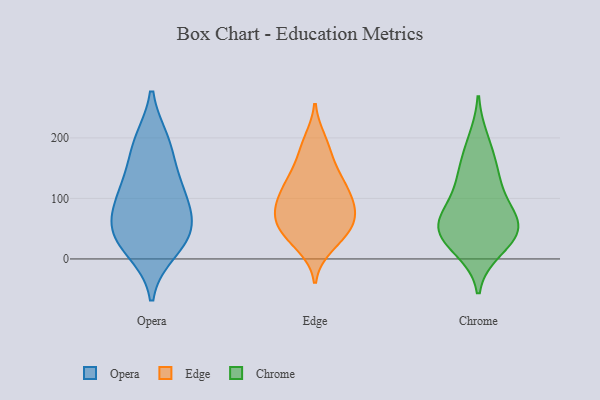
{"axis": {"x": "Humidity (%)", "y": "Value"}, "legend": ["Chrome", "Edge", "Opera"], "data": [{"x": "", "y": 55, "type": "Opera"}, {"x": "", "y": 127, "type": "Opera"}, {"x": "", "y": 193, "type": "Opera"}, {"x": "", "y": 37, "type": "Opera"}, {"x": "", "y": 187, "type": "Opera"}, {"x": "", "y": 15, "type": "Opera"}, {"x": "", "y": 97, "type": "Opera"}, {"x": "", "y": 116, "type": "Opera"}, {"x": "", "y": 36, "type": "Opera"}, {"x": "", "y": 67, "type": "Opera"}, {"x": "", "y": 93, "type": "Edge"}, {"x": "", "y": 52, "type": "Edge"}, {"x": "", "y": 121, "type": "Edge"}, {"x": "", "y": 58, "type": "Edge"}, {"x": "", "y": 129, "type": "Edge"}, {"x": "", "y": 61, "type": "Edge"}, {"x": "", "y": 122, "type": "Edge"}, {"x": "", "y": 196, "type": "Edge"}, {"x": "", "y": 99, "type": "Edge"}, {"x": "", "y": 54, "type": "Edge"}, {"x": "", "y": 79, "type": "Edge"}, {"x": "", "y": 42, "type": "Edge"}, {"x": "", "y": 163, "type": "Edge"}, {"x": "", "y": 85, "type": "Edge"}, {"x": "", "y": 21, "type": "Edge"}, {"x": "", "y": 140, "type": "Edge"}, {"x": "", "y": 89, "type": "Edge"}, {"x": "", "y": 28, "type": "Edge"}, {"x": "", "y": 187, "type": "Edge"}, {"x": "", "y": 43, "type": "Chrome"}, {"x": "", "y": 46, "type": "Chrome"}, {"x": "", "y": 137, "type": "Chrome"}, {"x": "", "y": 118, "type": "Chrome"}, {"x": "", "y": 16, "type": "Chrome"}, {"x": "", "y": 64, "type": "Chrome"}, {"x": "", "y": 88, "type": "Chrome"}, {"x": "", "y": 160, "type": "Chrome"}, {"x": "", "y": 56, "type": "Chrome"}, {"x": "", "y": 61, "type": "Chrome"}, {"x": "", "y": 27, "type": "Chrome"}, {"x": "", "y": 196, "type": "Chrome"}]}